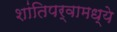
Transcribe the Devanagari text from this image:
शांतिपर्वामध्ये